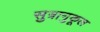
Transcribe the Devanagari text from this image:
सुत्रानुकूल